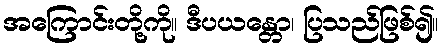
အကြောင်းတို့ကို။ ဒီပယန္တော၊ ပြသည်ဖြစ်၍။